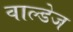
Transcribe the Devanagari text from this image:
वाल्डेज